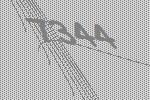
7344